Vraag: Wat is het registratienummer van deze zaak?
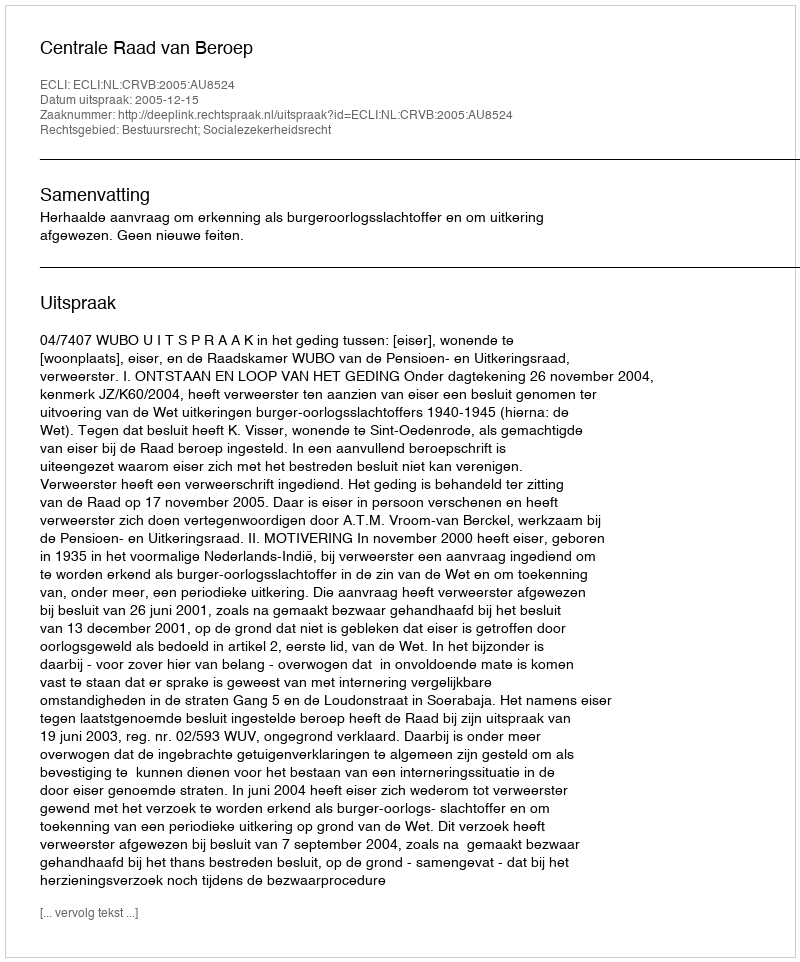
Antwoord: http://deeplink.rechtspraak.nl/uitspraak?id=ECLI:NL:CRVB:2005:AU8524